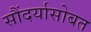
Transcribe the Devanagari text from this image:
सौंदर्यासोबत